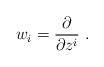
\begin{align*}w_i=\frac{\partial }{\partial z^i }\ . \end{align*}